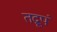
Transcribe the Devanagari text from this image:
तद्रूपं